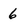
Character: 6